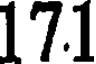
17.1